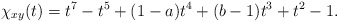
\begin{align*}\chi_{xy}(t)=t^7-t^5+(1-a)t^ 4+(b-1)t^3+t^2-1. \end{align*}